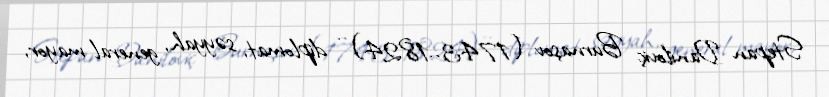
Stepan Daniloviç Burnaşov (1743–1824) – diplomat, səyyah, general-mayor,